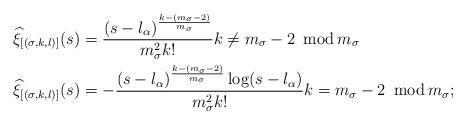
LaTeX: \begin{align*}\widehat{\xi}_{[(\sigma,k,l)]}(s)&=\frac{(s-l_\alpha)^{\frac{k-(m_\sigma-2)}{m_\sigma}}}{m_\sigma^2 k!}k\neq m_\sigma-2\ \operatorname{mod}m_\sigma\\\widehat{\xi}_{[(\sigma,k,l)]}(s)&=-\frac{(s-l_\alpha)^{\frac{k-(m_\sigma-2)}{m_\sigma}}\log(s-l_\alpha)}{m_\sigma^2 k!} k= m_\sigma-2\ \operatorname{mod}m_\sigma;\end{align*}